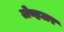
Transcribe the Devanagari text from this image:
लेव्हलर